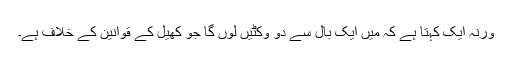
ورنہ ایک کہتا ہے کہ میں ایک بال سے دو وکٹیں لوں گا جو کھیل کے قوانین کے خلاف ہے۔